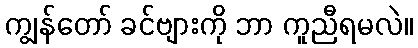
ကျွန်တော် ခင်ဗျားကို ဘာ ကူညီရမလဲ။